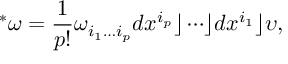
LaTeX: { } ^ { * } \omega = { \frac { 1 } { p ! } } \omega _ { i _ { 1 } \ldots i _ { p } } d x ^ { i _ { p } } \rfloor \cdots \rfloor d x ^ { i _ { 1 } } \rfloor \upsilon ,